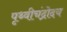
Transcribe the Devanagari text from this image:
पृथ्वीचंद्रोदय